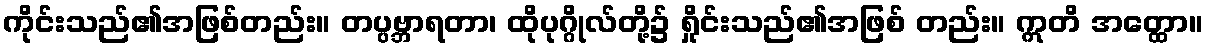
ကိုင်းသည်၏အဖြစ်တည်း။ တပ္ပဗ္ဘာရတာ၊ ထိုပုဂ္ဂိုလ်တို့၌ ရှိုင်းသည်၏အဖြစ် တည်း။ ဣတိ အတ္ထော။